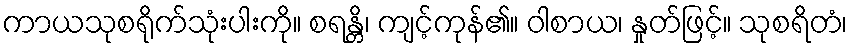
ကာယသုစရိုက်သုံးပါးကို။ စရန္တိ၊ ကျင့်ကုန်၏။ ဝါစာယ၊ နှုတ်ဖြင့်။ သုစရိတံ၊